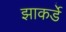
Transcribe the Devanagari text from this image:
झाकर्डे